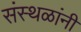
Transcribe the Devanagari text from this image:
संस्थळांनी